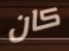
كان